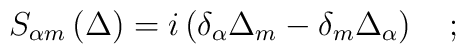
S_{\alpha m}\left( \Delta \right) =i\left( \delta _\alpha \Delta_m-\delta _m\Delta _\alpha \right) \quad ;